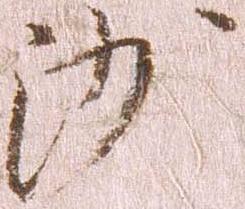
沙